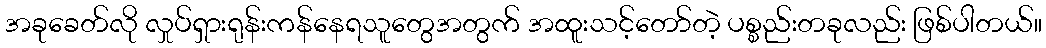
အခုခေတ်လို လှုပ်ရှားရုန်းကန်နေရသူတွေအတွက် အထူးသင့်တော်တဲ့ ပစ္စည်းတခုလည်း ဖြစ်ပါတယ်။